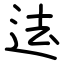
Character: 迲